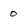
Character: O